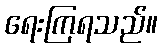
ရေးကြရသည်။